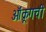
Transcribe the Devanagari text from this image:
ऑक्रूगची